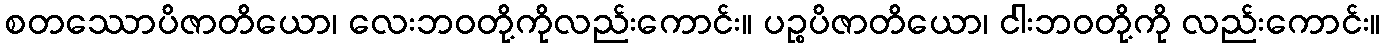
စတဿောပိဇာတိယော၊ လေးဘဝတို့ကိုလည်းကောင်း။ ပဉ္စပိဇာတိယော၊ ငါးဘဝတို့ကို လည်းကောင်း။